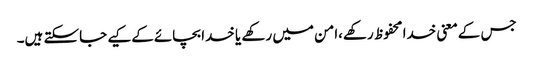
جس کےمعنی خدا محفوظ رکھے،امن میں رکھے یا خدا بچائےکےکیے جاسکتے ہیں۔